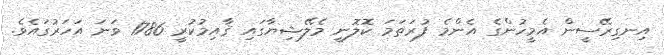
އިނގިރޭސީން އެމީހުންގެ އެންމެ ފުރަތަމަ ކޮލޮނީ މެލޭޝިޔާގައި ޤާއިމުކުރީ 1786 ވަނަ އަހަރުގައެވެ.